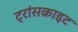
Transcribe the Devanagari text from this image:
ट्रांसक्राइट